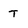
Character: T